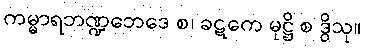
ကမ္မာရဘဏ္ဍဘေဒေ စ၊ ခဋကေ မုဋ္ဌိ စ ဒွိသု။